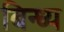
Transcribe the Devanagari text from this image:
बिन्ध्य